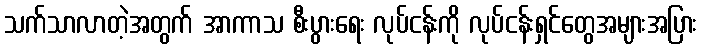
သက်သာလာတဲ့အတွက် အာကာသ စီးပွားရေး လုပ်ငန်းကို လုပ်ငန်းရှင်တွေအများအပြား